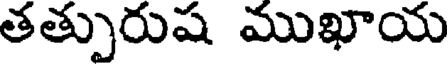
తత్పురుష ముఖాయ